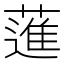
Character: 𦻗